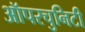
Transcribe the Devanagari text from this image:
ऑपरचुनिटी